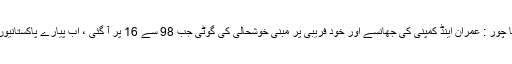
تبدیلی کے خواب چکنا چور : عمران اینڈ کمپنی کی جھانسے اور خود فریبی پر مبنی خوشحالی کی گوٹی جب 98 سے 16 پر آ گئی ، اب پیارے پاکستانیوں کے ساتھ کیا ہو گا ؟